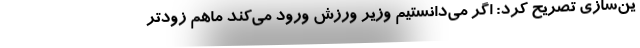
ین‌سازی تصریح کرد: اگر می‌دانستیم وزیر ورزش ورود می‌کند ماهم زودتر